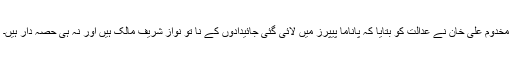
مخدوم علی خان نے عدالت کو بتایا کہ پاناما پیپرز میں لائی گئی جائیدادوں کے نا تو نواز شریف مالک ہیں اور نہ ہی حصہ دار ہیں۔